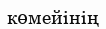
көмейінің